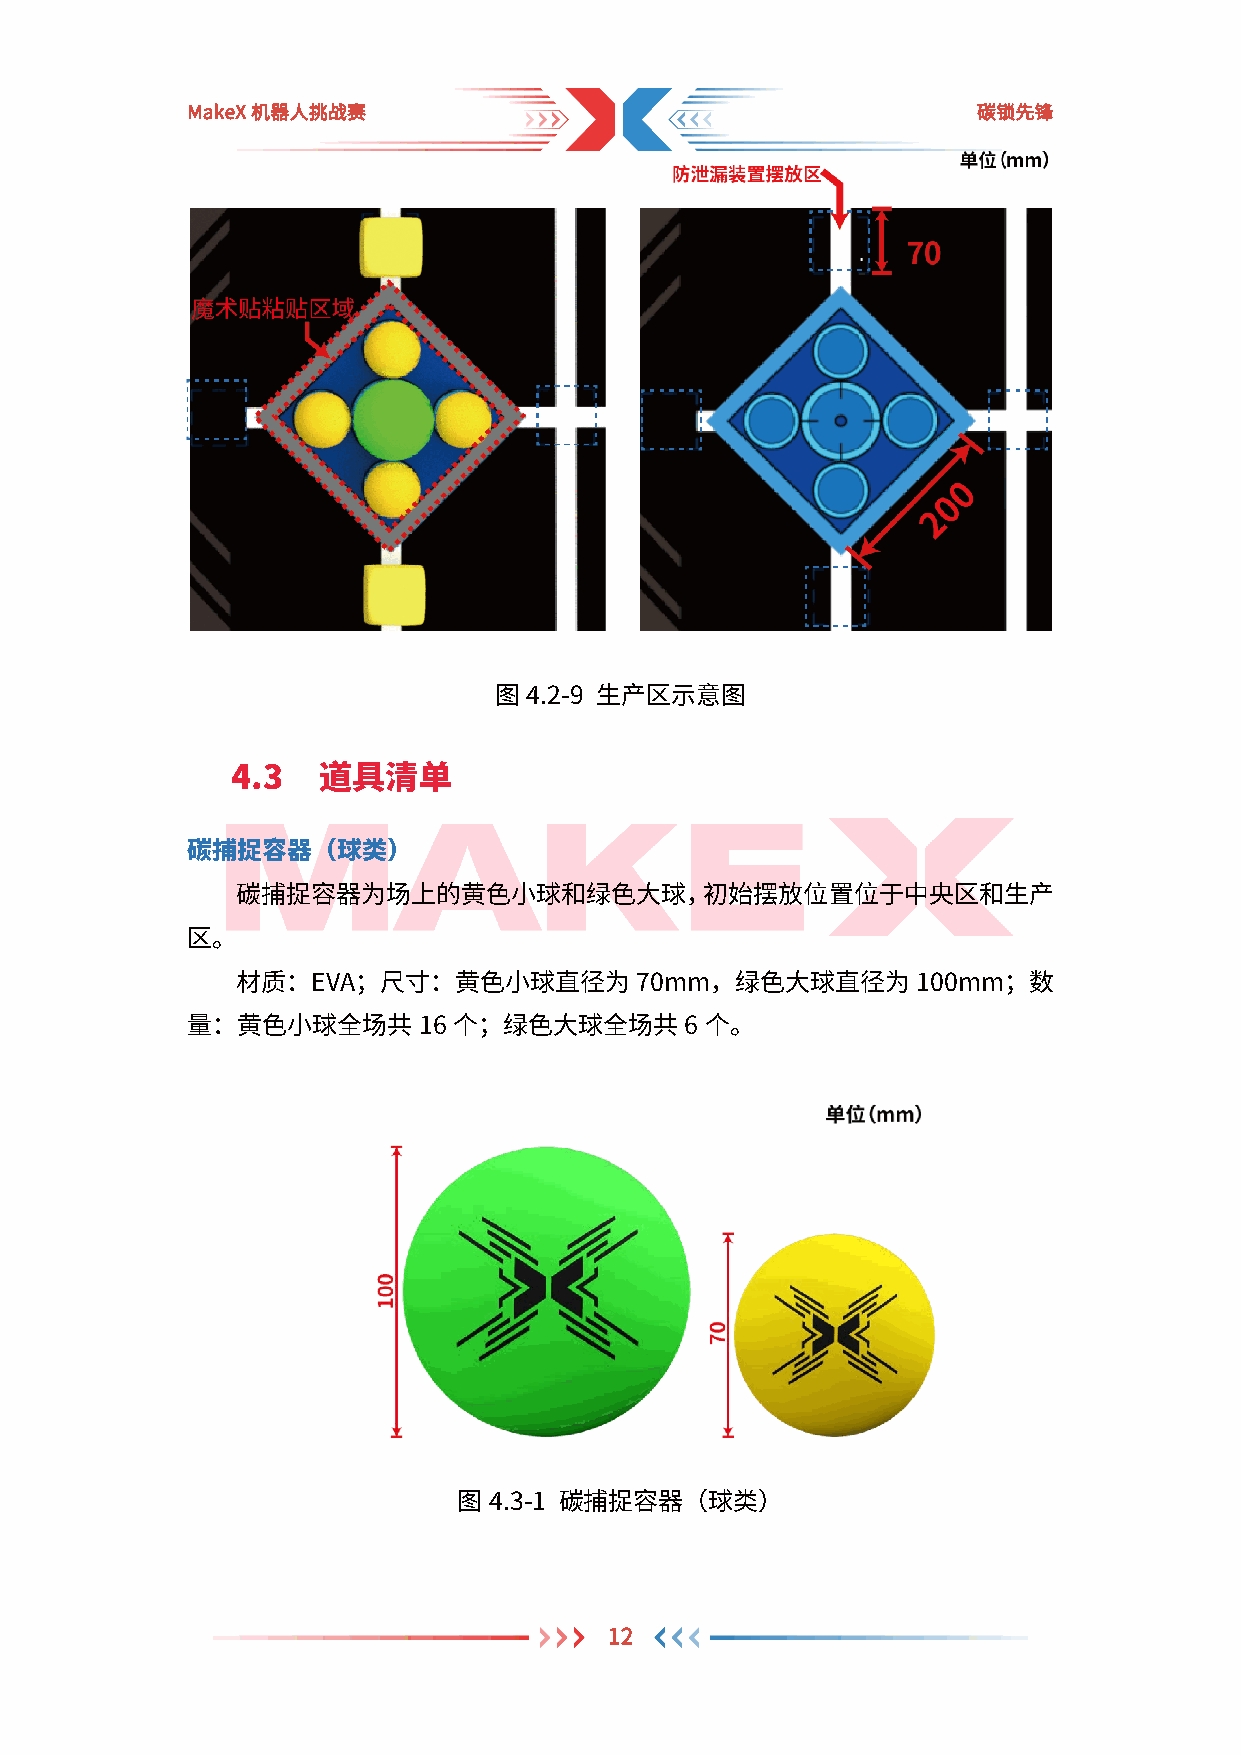
MakeX机器人挑战赛                                          碳锁先锋
 图4.2-9 生产区示意图
 4.3   道具清单
 碳捕捉容器（球类）
 碳捕捉容器为场上的黄色小球和绿色大球，初始摆放位置位于中央区和生产
 区。
 材质：EVA；尺寸：黄色小球直径为70mm，绿色大球直径为100mm；数
 量：黄色小球全场共16       个；绿色大球全场共6       个。
 图4.3-1 碳捕捉容器（球类）
 12